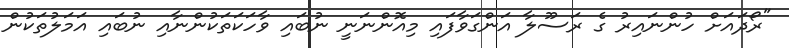
"ރޯދައަށް ހުންނައިރު ގެ ރަސޫލާ އަންގަވާފައި މިއޮންނަނީ ނުބައި ވާހަކަތަކުންނާއި ނުބައި އަމަލުތަކުން